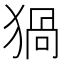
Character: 猧